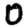
Digit: 0